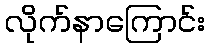
လိုက်နာကြောင်း